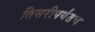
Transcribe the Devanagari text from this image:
तिसरीपर्यंतच